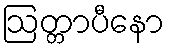
ဩတ္တာပီနော